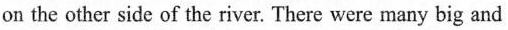
on the other side of the river. There were many big and